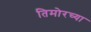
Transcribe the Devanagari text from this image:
तिमोरच्या